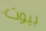
بيوت